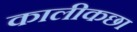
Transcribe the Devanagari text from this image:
कालीकछा